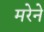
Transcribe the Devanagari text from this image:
मरेने